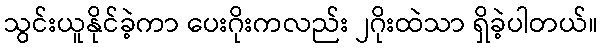
သွင်းယူနိုင်ခဲ့ကာ ပေးဂိုးကလည်း ၂ဂိုးထဲသာ ရှိခဲ့ပါတယ်။